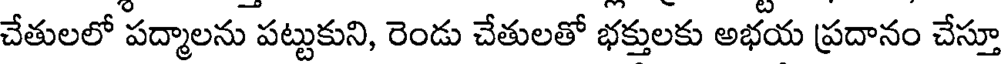
చేతులలో పద్మాలను పట్టుకుని, రెండు చేతులతో భక్తులకు అభయ ప్రదానం చేస్తూ